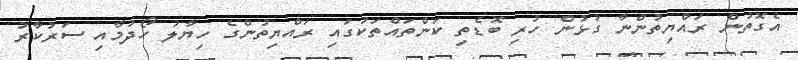
އެގޮތުން ރައްޔިތުންނާ ގުޅުން ހުރި ބޮޑެތި ކަންތައްތަކުގައި ރައްޔިތުންގެ ހިޔާލު ހޯދުމާއި ސަރުކާރު